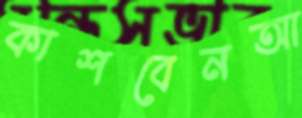
কাশবেনআ